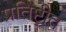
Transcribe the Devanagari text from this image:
प्रतिष्टीत